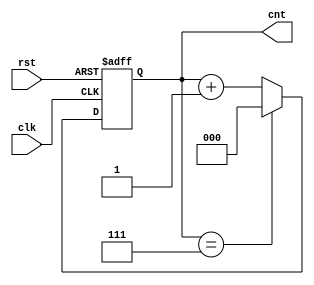
module modulus_counter #(
    parameter N = 8  // Configurable modulus value (N must be a positive integer)
)(
    input wire clk,      // Clock input
    input wire rst,      // Asynchronous reset input (active-high)
    output reg [$clog2(N)-1:0] cnt // Output count value (binary representation)
);

    // Always block triggered on the rising edge of the clock or on reset
    always @(posedge clk or posedge rst) begin
        if (rst) begin
            cnt <= 0; // Reset count to 0 on reset
        end else begin
            if (cnt == N-1) begin
                cnt <= 0; // Wrap around to 0 when reaching modulus value
            end else begin
                cnt <= cnt + 1; // Increment count
            end
        end
    end

endmodule